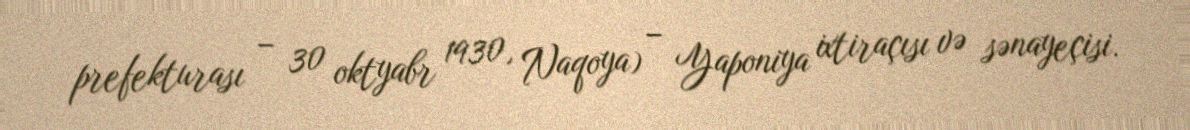
prefekturası – 30 oktyabr 1930, Naqoya) – Yaponiya ixtiraçısı və sənayeçisi.